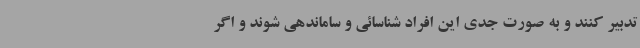
تدبیر کنند و به صورت جدی این افراد شناسائی و ساماندهی شوند و اگر